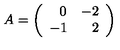
A = \left( \begin{array} { c r c r } { \: \: \: 0 } & { - 2 } \\ { - 1 } & { \: \: 2 } \\ \end{array} \right)